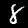
Digit: 8